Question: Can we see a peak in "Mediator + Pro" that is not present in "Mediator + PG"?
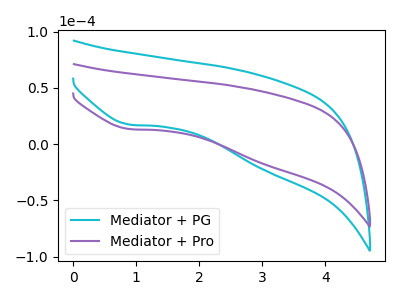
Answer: <think>The cyan curve "Mediator + PG" has a cathodic peak at: (0.90V, 17.35uA). The purple curve "Mediator + Pro" has a cathodic peak at: (0.90V, 13.40uA).
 All the peaks in "Mediator + Pro" have a peak in "Mediator + PG" at the same potential. Every peak in "Mediator + Pro" is higher than every peak in "Mediator + PG".</think>
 <answer>No, "Mediator + Pro" and "Mediator + PG" don't appear to be significantly different in shape</answer>
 <eval>no_change</eval>